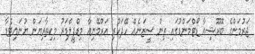
ޖަރުމަންގެ ބޮރޫޝިއާ ޑޯޓްމަންޑުގައި ތިން ސީޒަނެއް ހޭދަކުރި އަރްމޭނިއާ މިޑްފީލްޑަރު މިކިތާރިޔަން ޔުނައިޓެޑާ